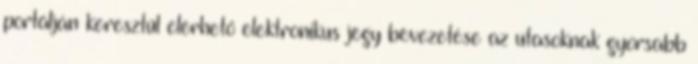
portálján keresztül elérhető elektronikus jegy bevezetése az utasoknak gyorsabb